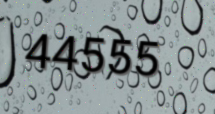
44555